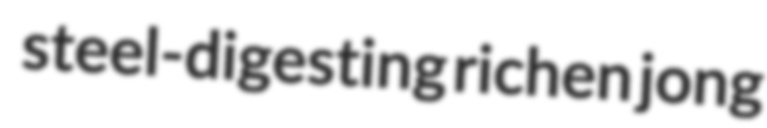
steel-digesting richen jong